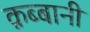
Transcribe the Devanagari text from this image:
क़ब्बानी